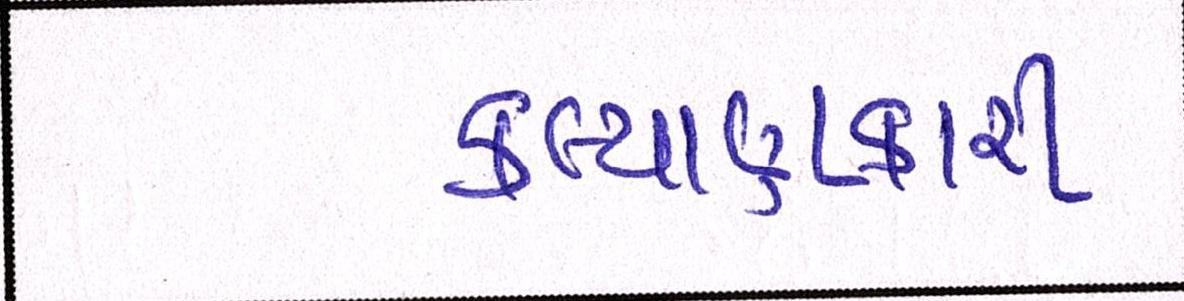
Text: કલ્યાણકારી